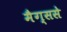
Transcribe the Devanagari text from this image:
मैग्ससे